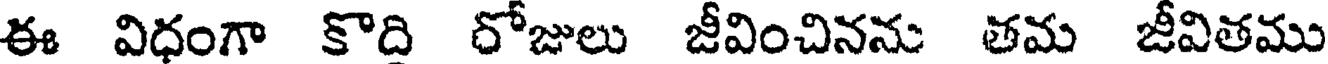
ఈ విధంగా కొది రోజులు జీవించినను తమ జీవితము